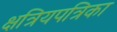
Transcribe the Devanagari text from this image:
क्षत्रियपत्रिका